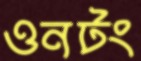
ওনটং